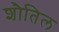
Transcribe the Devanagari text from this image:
शौतिल